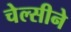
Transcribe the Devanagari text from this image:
चेल्सीने